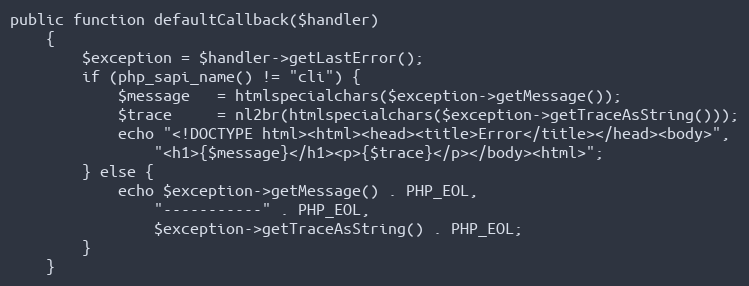
Language: PHP
public function defaultCallback($handler)
    {
        $exception = $handler->getLastError();
        if (php_sapi_name() != "cli") {
            $message   = htmlspecialchars($exception->getMessage());
            $trace     = nl2br(htmlspecialchars($exception->getTraceAsString()));
            echo "<!DOCTYPE html><html><head><title>Error</title></head><body>",
                "<h1>{$message}</h1><p>{$trace}</p></body><html>";
        } else {
            echo $exception->getMessage() . PHP_EOL,
                "-----------" . PHP_EOL,
                $exception->getTraceAsString() . PHP_EOL;
        }
    }